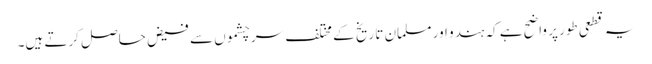
یہ قطعی طور پر واضح ہے کہ ہندو اور مسلمان تا ریخ کے مختلف سر چشموں سے فیض حاصل کرتے ہیں۔